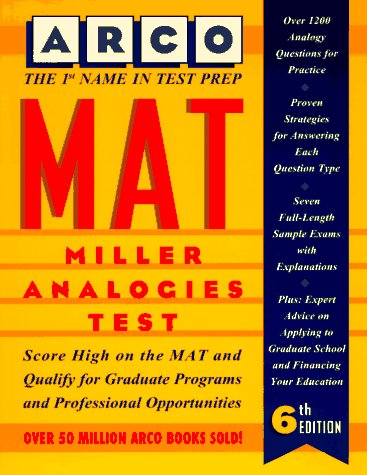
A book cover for Mat: Miller Analogies Test (Arco Master the Miller Analogies Test); Eve P. Steinberg; Test Preparation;